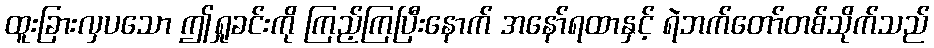
ထူးခြားလှပသော ဤရှုခင်းကို ကြည့်ကြပြီးနောက် အနော်ရထာနှင့် ရဲဘက်တော်တစ်သိုက်သည်